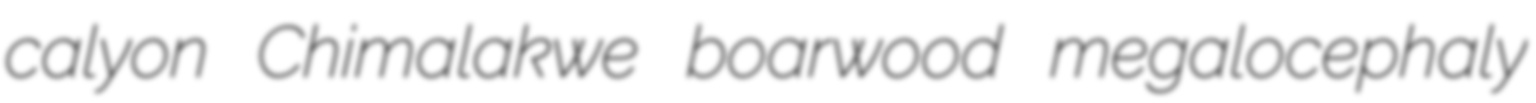
calyon Chimalakwe boarwood megalocephaly